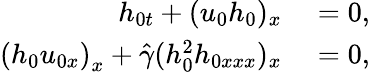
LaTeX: \begin{array}{rl}{h_{0t}+(u_{0}h_{0})_{x}}&{{}=0,}\\ {\left(h_{0}u_{0x}\right)_{x}+\hat{\gamma}(h_{0}^{2}h_{0xxx})_{x}}&{{}=0,}\end{array}